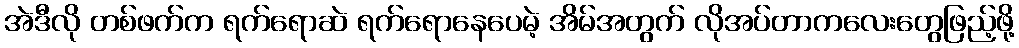
အဲဒီလို တစ်ဖက်က ရက်ရောဆဲ ရက်ရောနေပေမဲ့ အိမ်အတွက် လိုအပ်တာကလေးတွေဖြည့်ဖို့